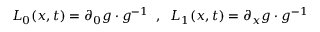
L _ { 0 } ( x , t ) = \partial _ { 0 } g \cdot g ^ { - 1 } \; \; , \; \; L _ { 1 } ( x , t ) = \partial _ { x } g \cdot g ^ { - 1 }